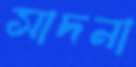
সাদনা